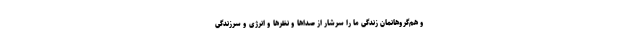
و هم‌گروهانمان زندگی ما را سرشار از صداها و نظرها و انرژی و سرزندگی